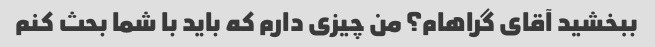
ببخشید آقای گراهام؟ من چیزی دارم که باید با شما بحث کنم